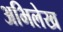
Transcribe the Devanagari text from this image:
अभिलेख